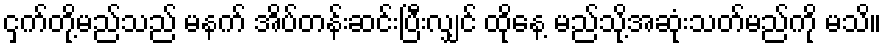
ငှက်တို့မည်သည် မနက် အိပ်တန်းဆင်းပြီးလျှင် ထိုနေ့ မည်သို့အဆုံးသတ်မည်ကို မသိ။